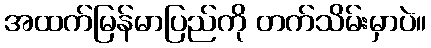
အထက်မြန်မာပြည်ကို တက်သိမ်းမှာပဲ။